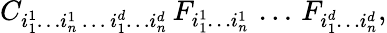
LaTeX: C_{i_{1}^{1}\ldots i_{n}^{1}\, \ldots\, i_{1}^{d}\ldots i_{n}^{d}}\, F_{i_{1}^{1}\ldots i_{n}^{1}}\, \ldots\, F_{i_{1}^{d}\ldots i_{n}^{d}},